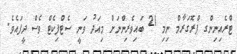
ޓްރެއިނިންގ ޕްރޮގަރާމް ނިމި 21 ބައިވެރިންނަށް މިއަދު ވަނީ ސެޓްފިކެޓް ވެސް ދީފައެވެ.